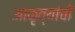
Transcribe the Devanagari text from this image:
आकृत्यांची